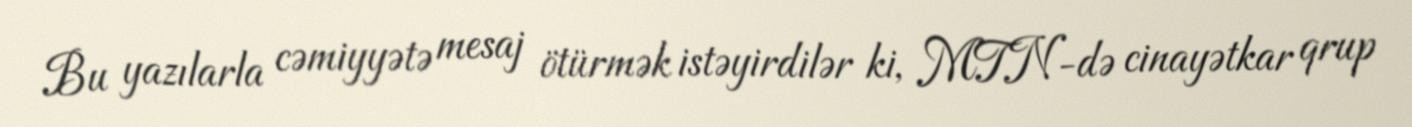
Bu yazılarla cəmiyyətə mesaj ötürmək istəyirdilər ki, MTN-də cinayətkar qrup